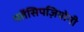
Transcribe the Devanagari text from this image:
पर्तेसिपज़ियोनी